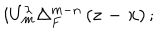
LaTeX: i U _ { m } ^ { \lambda } \Delta _ { F } ^ { m - n } \left( \mathbf { z - x } \right) ;